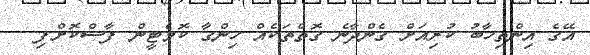
އޭގެ އިންތިޚާބު ކުރިއަށް ގެންދާނެ ގޮތްތަކެއް ހިންގާ ކޮމެޓީން ފާސްކޮށްފި